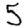
Digit: 5